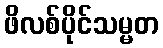
ဖိလစ်ပိုင်သမ္မတ